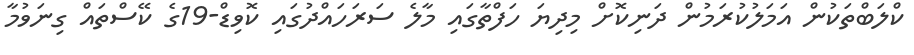
ކްލަބްތަކުން އަމަލުކުރަމުން ދަނިކޮށް މިދިޔަ ހަފްތާގައި މާލެ ސަރަހައްދުގައި ކޮވިޑް-19ގެ ކޭސްތައް ގިނަވުމާ